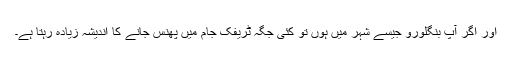
اور اگر آپ بنگلورو جیسے شہر میں ہوں تو کئی جگہ ٹریفک جام میں پھنس جانے کا اندیشہ زیادہ رہتا ہے۔